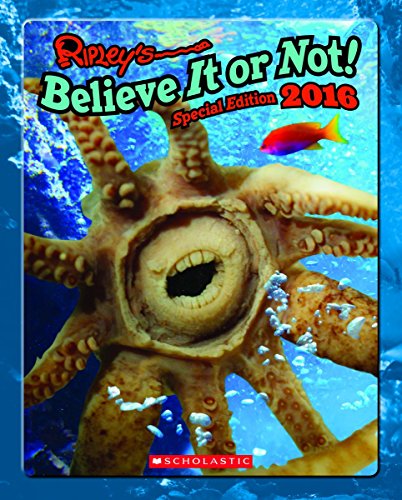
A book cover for Ripley's Special Edition 2016 (Ripley's Believe It Or Not Special Edition); Ripley's Entertainment Inc.; Children's Books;